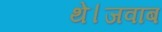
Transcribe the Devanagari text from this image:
थे।जवाब